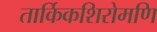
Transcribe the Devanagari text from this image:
तार्किकशिरोमणि